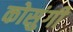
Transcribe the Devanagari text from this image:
कोसुंगी